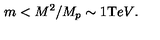
m < { M ^ { 2 } / M _ { p } } \sim 1 { \mathrm { T } e V } .